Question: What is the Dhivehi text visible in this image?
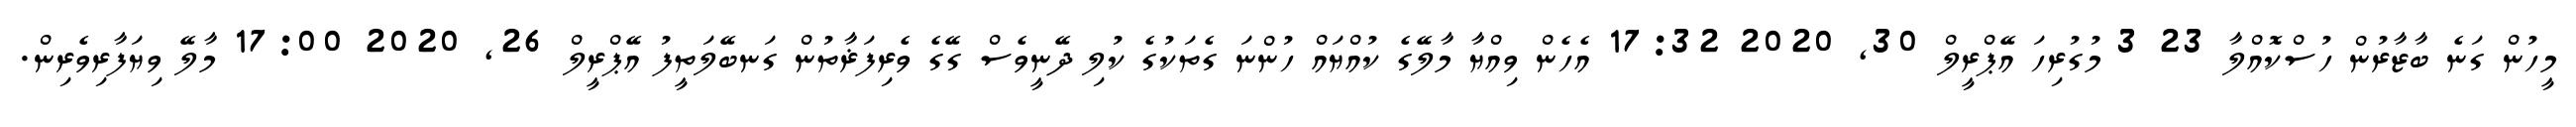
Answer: މީހުން ގަނެ ބާޒާރުން ހުސްކޮއްލާ 23 3 މުގުރިހަ އޭޕްރީލް 30, 2020 17:32 އެހެން ވިއްޔާ މާލޭގެ ކުއްޔައް ހުންނަ ގެތަކުގެ ކުލި ދޭނީވެސް ގޭގެ ވެރިފަޜާތުން ގަނބޭލަތީފު އޭޕްރީލް 26, 2020 17:00 މާލޭ ވިޔަފާރިވެރިން.